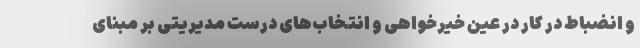
و انضباط در کار در عین خیرخواهی و انتخاب‌های درست مدیریتی بر مبنای